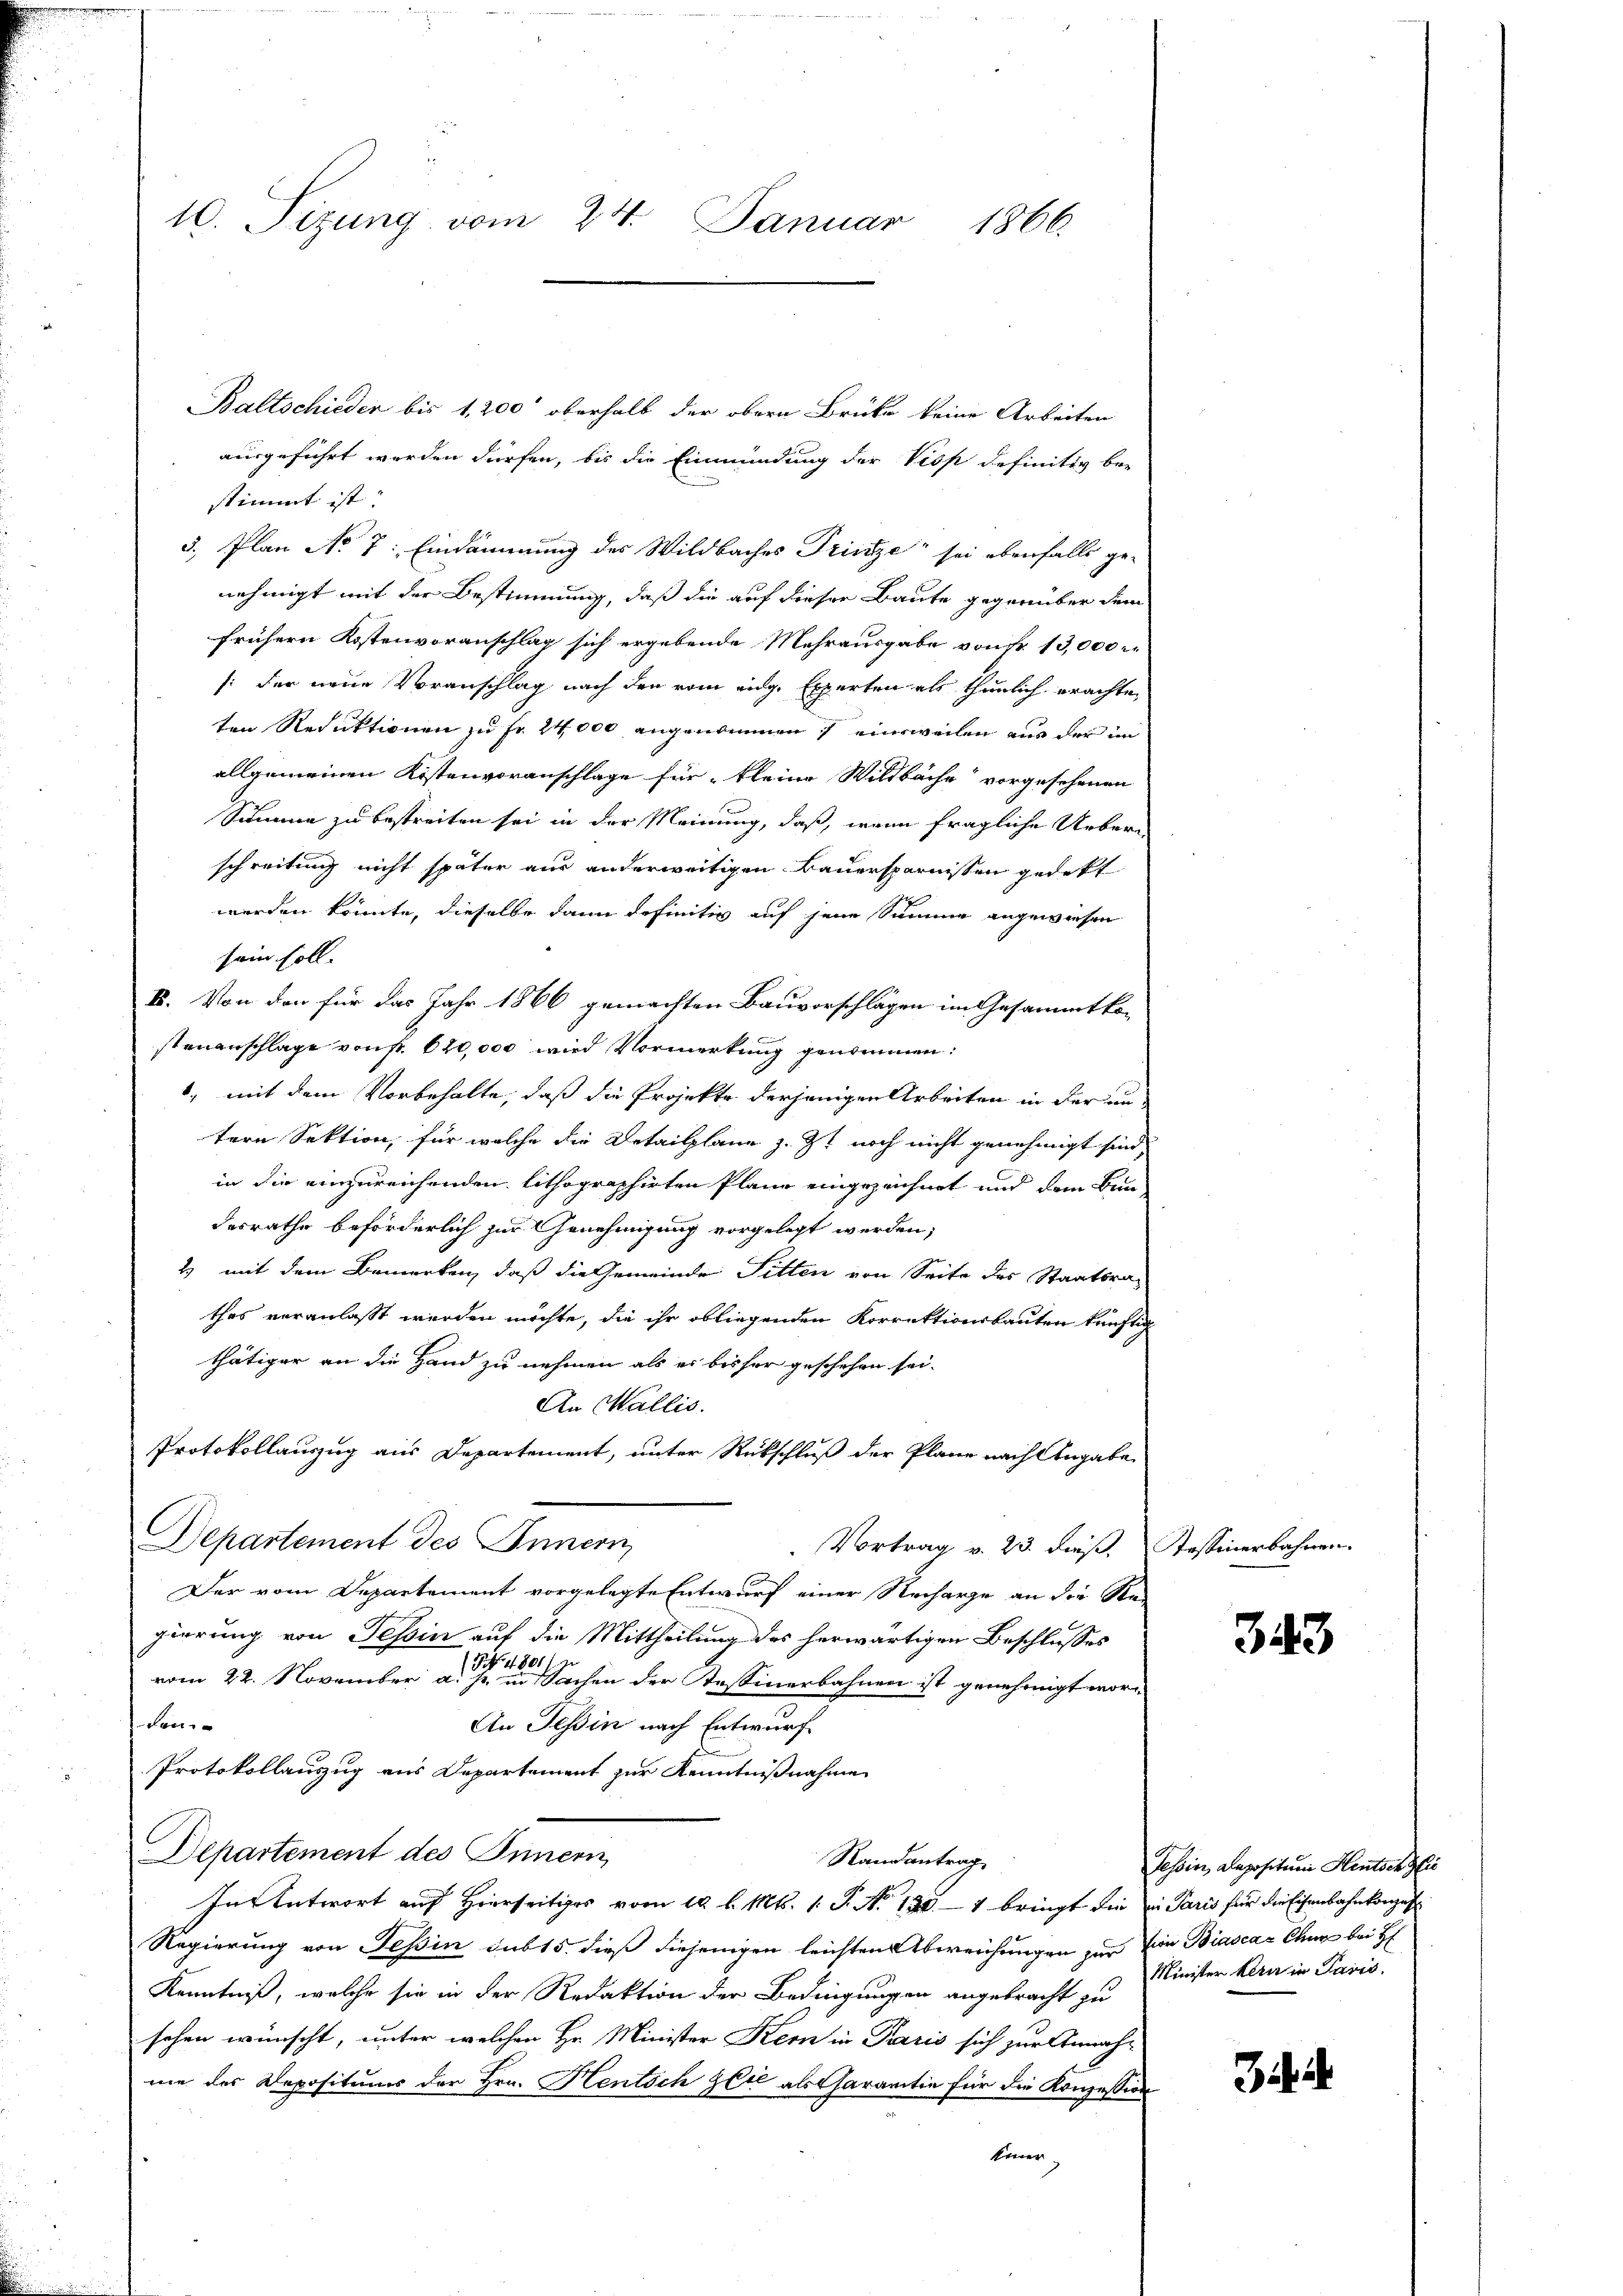
10. Sizung vom 24. Januar 1866.

Baltschieder bis 1,200’ oberhalb der obern Brücke keine Arbeiten
ausgeführt werden dürfen, bis die Einmündung der Visp definitiv be-
stimmt ist.
5, Plan No 7: Eindämmung des Wildbaches Trinize sei ebenfalls ge-
nehmigt mit der Bestimmung, daß die auf dieser Baute gegenüber dem
frühern Kostenvoranschlag sich ergebende Mehrausgabe von Fr. 13,000
/: der neue Voranschlag nach den vom eidg. Experten als thunlich erachten
ten Reduktionen zu Fr. 24000 angenommen) einsweilen aus der im
allgemeinen Kistenvoranschlage für kleine Wildbache vorgesehenen
Summe zu bestreiten sei in der Meinung, daß, wenn fragliche Ueberschreitung nicht später aus anderweitigen Bauersparnissen gedekt
werden könnte, dieselbe dann definitiv auf jene Summe angewiesen
sein soll.
V. Von den für das Jahr 1866 gemachten Bauvorschlägen im Gesammtko-
stenanschlage von fr. 620,000 wird Vormerkung genommen:
1., mit dem Vorbehalte, daß die Projekte derjenigen Arbeiten in der un
tern Sektion, für welche die Detailplane z. Z. noch nicht genehmigt sind,
in die einzureichenden lithographirten Plane eingezeichnet und dem Bun
desrathe beförderlich zur Genehmigung vorgelegt werden;
2) mit dem Bemerken, daß die Gemeinde Sitten von Seite des Staatsrat
thes veranlaßt werden möchte, die ihr obliegenden Korrektionsbauten künftig
thätiger an die Hand zu nehmen als es bisher geschehen sei.
An Wallis.
Protokollauszug aus Departement, unter Rückschluß der Plane nach Angabe
Departement des Innern
Vortrag v. 23. dieß. Tessinerbahnen.
Der vom Departement vorgelegte Entwurf einer Recharge an die Re-
gierung von Tessin auf die Mittheilung des herwärtigen Beschlusses
vom 22. November a. eine Sachen der Tessinerbahnen ist genehmigt worden
An Tessin nach Entwurf
Protokollauszug aus Departement zur Kenntnißnahme
Departement des Innern
Randantrag
In Antwort auf Hierseits von 10 l. Mts. 1. P. Nr. 1901 bringt die in Paris für die Eisenbahnkonzes
Regierung von Tessin sub 15. dieß diejenigen leichten Abweichungen zur Ein Biascar Chur bei H
Kenntniß, welche sie in der Redaktion der Bedingungen angebracht zu
sehen wünscht, unter welchen Hr. Minister Kern in Paris sich zur Annahme des Depositums der Hrn. Hentsch zeit als Garantie für die Konzession
Einer

343

Tessin, Depositum Heutschlie
Minister Kern in Paris.

344.